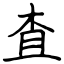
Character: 査